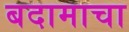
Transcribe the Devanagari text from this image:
बदामाचा